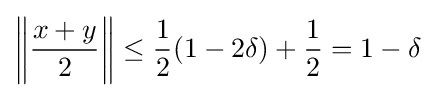
\left\|{\frac {x+y}{2}}\right\|\leq {\frac {1}{2}}(1-2\delta )+{\frac {1}{2}}=1-\delta